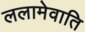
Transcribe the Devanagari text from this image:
ललामेवाति